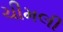
ચીમલી